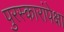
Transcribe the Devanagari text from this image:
पुरस्कारांपेक्षा